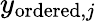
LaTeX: y_{\mathrm{ordered},j}